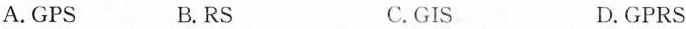
A.GPS B.RS C.GIS D.GPRS